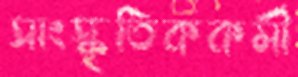
সাংস্কৃতিককর্মী